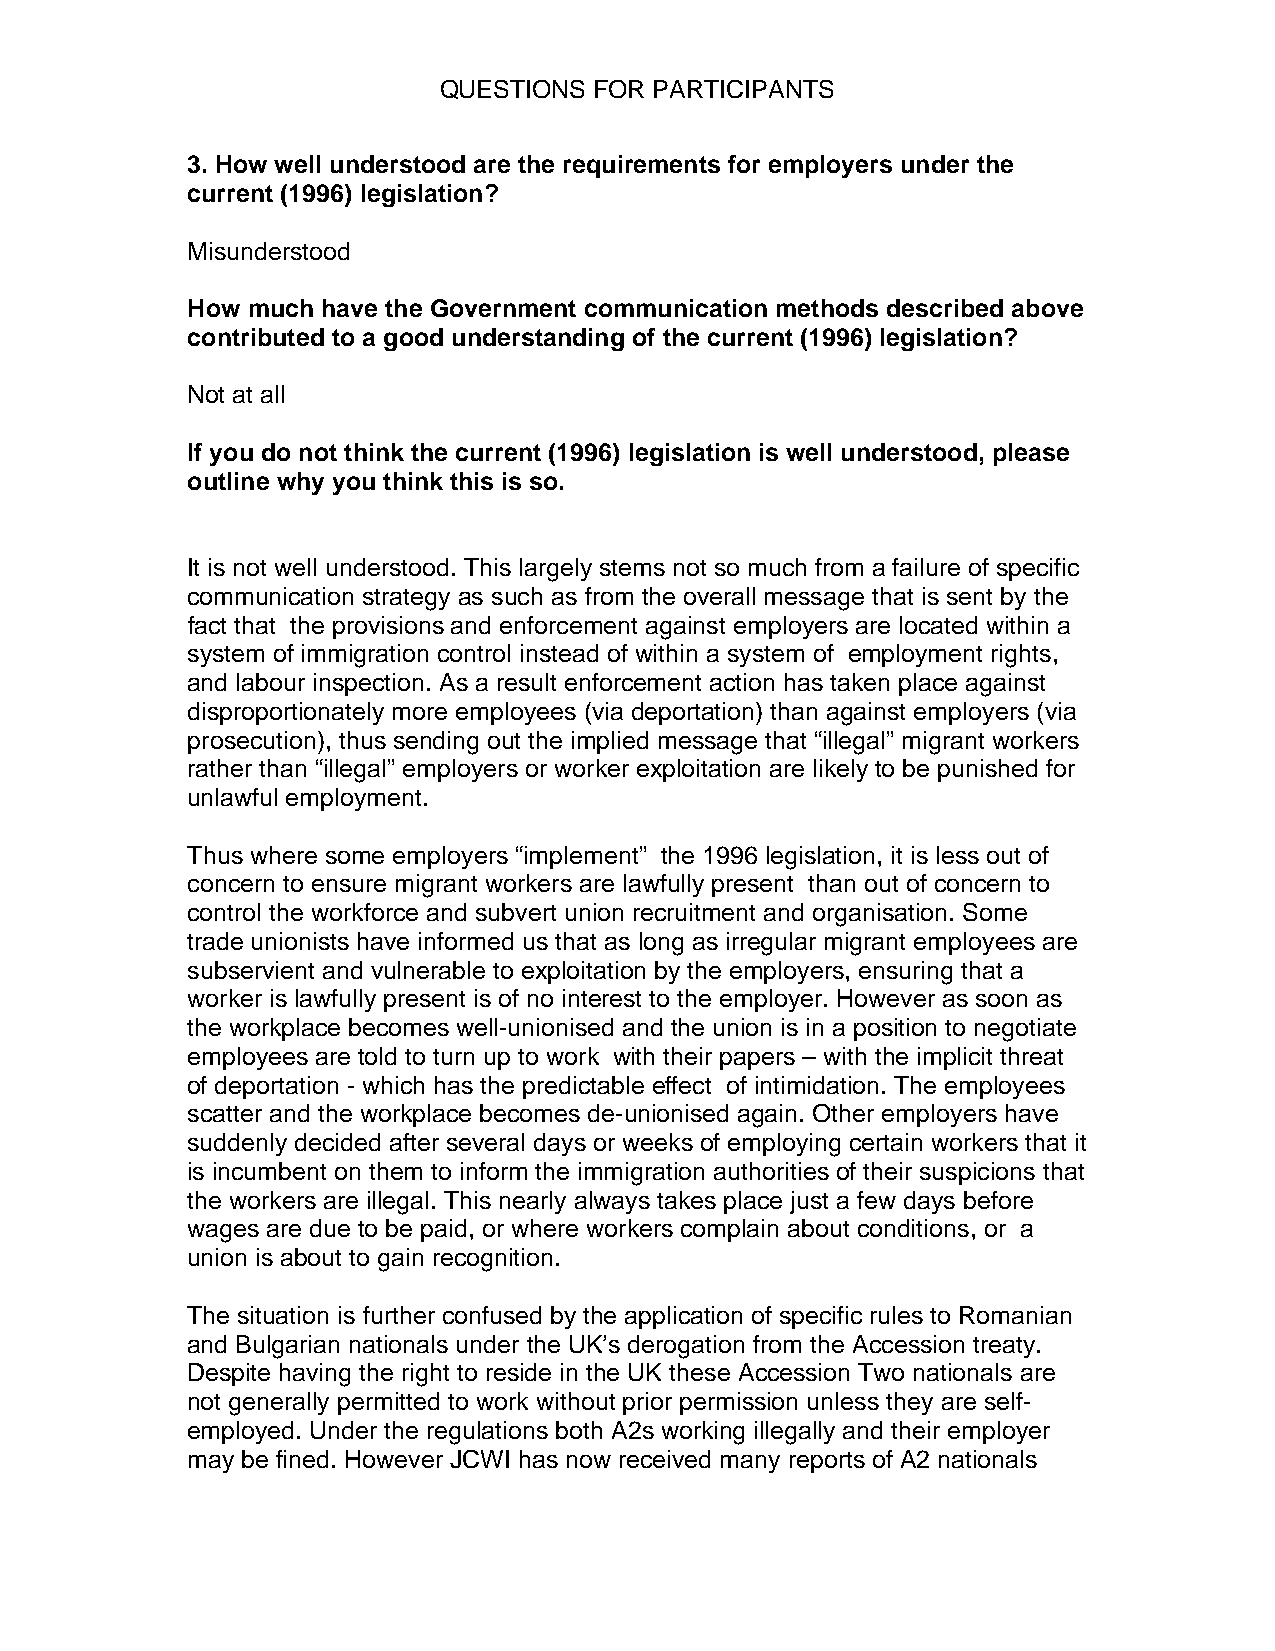
QUESTIONS FOR PARTICIPANTS
 3. How well understood are the requirements for employers under the
 current (1996) legislation?
 Misunderstood
 How much have the Government communication methods described above
 contributed to a good understanding of the current (1996) legislation?
 Not at all
 If you do not think the current (1996) legislation is well understood, please
 outline why you think this is so.
 It is not well understood. This largely stems not so much from a failure of specific
 communication strategy as such as from the overall message that is sent by the
 fact that the provisions and enforcement against employers are located within a
 system of immigration control instead of within a system of employment rights,
 and labour inspection. As a result enforcement action has taken place against
 disproportionately more employees (via deportation) than against employers (via
 prosecution), thus sending out the implied message that “illegal” migrant workers
 rather than “illegal” employers or worker exploitation are likely to be punished for
 unlawful employment.
 Thus where some employers “implement” the 1996 legislation, it is less out of
 concern to ensure migrant workers are lawfully present than out of concern to
 control the workforce and subvert union recruitment and organisation. Some
 trade unionists have informed us that as long as irregular migrant employees are
 subservient and vulnerable to exploitation by the employers, ensuring that a
 worker is lawfully present is of no interest to the employer. However as soon as
 the workplace becomes well-unionised and the union is in a position to negotiate
 employees are told to turn up to work with their papers – with the implicit threat
 of deportation - which has the predictable effect of intimidation. The employees
 scatter and the workplace becomes de-unionised again. Other employers have
 suddenly decided after several days or weeks of employing certain workers that it
 is incumbent on them to inform the immigration authorities of their suspicions that
 the workers are illegal. This nearly always takes place just a few days before
 wages are due to be paid, or where workers complain about conditions, or a
 union is about to gain recognition.
 The situation is further confused by the application of specific rules to Romanian
 and Bulgarian nationals under the UK’s derogation from the Accession treaty.
 Despite having the right to reside in the UK these Accession Two nationals are
 not generally permitted to work without prior permission unless they are self-
 employed. Under the regulations both A2s working illegally and their employer
 may be fined. However JCWI has now received many reports of A2 nationals